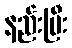
နည်းပြီး